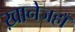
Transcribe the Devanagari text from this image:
ख़ानेजहाँ